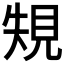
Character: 𰴐